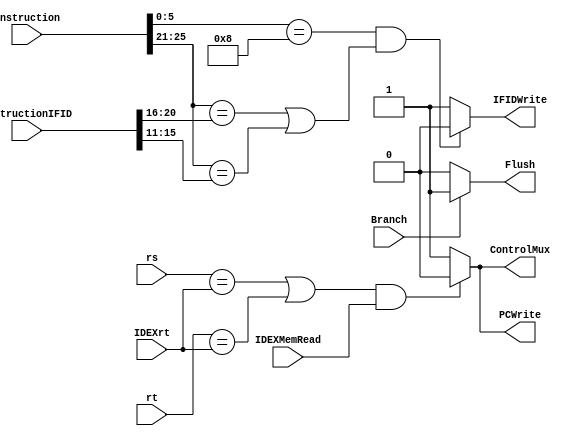
`timescale 1ns / 1ps
//////////////////////////////////////////////////////////////////////////////////
// Company: 
// Engineer: 
// 
// Design Name: 
// Module Name: Hazard
// Project Name: 
// Target Devices: 
// Tool Versions: 
// Description: 
// 
// Dependencies: 
// 
// Revision:
// Revision 0.01 - File Created
// Additional Comments:
// 
//////////////////////////////////////////////////////////////////////////////////


module Hazard(Instruction, InstructionIFID, rs, rt, IDEXrt, IDEXMemRead, ControlMux, IFIDWrite, PCWrite, Branch, Flush);

input [4:0] rs, rt, IDEXrt;
input [31:0] Instruction, InstructionIFID;
input IDEXMemRead, Branch;
output reg ControlMux, IFIDWrite, PCWrite, Flush;

always @(*) begin

Flush = 0;
ControlMux = 1;
IFIDWrite = 1;
PCWrite = 1;

    if(((rs == IDEXrt) || (rt == IDEXrt)) && (IDEXMemRead)) begin
        ControlMux = 0;
        //IFIDWrite = 0;
        PCWrite = 0;
    end
    
    if((Instruction[5:0] == 6'b001000) && 
    ((Instruction[25:21] == InstructionIFID[20:16]) || (Instruction[25:21] == InstructionIFID[15:11])))begin
        IFIDWrite = 0;
        //PCWrite = 0;
    end

if(Branch) begin
    Flush = 1;
end


end

endmodule